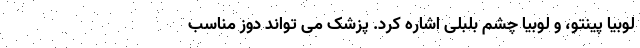
لوبیا پینتو، و لوبیا چشم بلبلی اشاره کرد. پزشک می تواند دوز مناسب